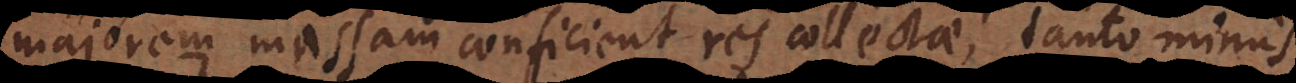
majorem massam conficient res collectae, tanto minus